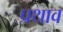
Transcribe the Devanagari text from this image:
प्रथाव